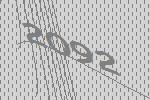
2092